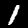
Digit: 1